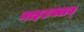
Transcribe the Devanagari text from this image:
नाइटक्लब्